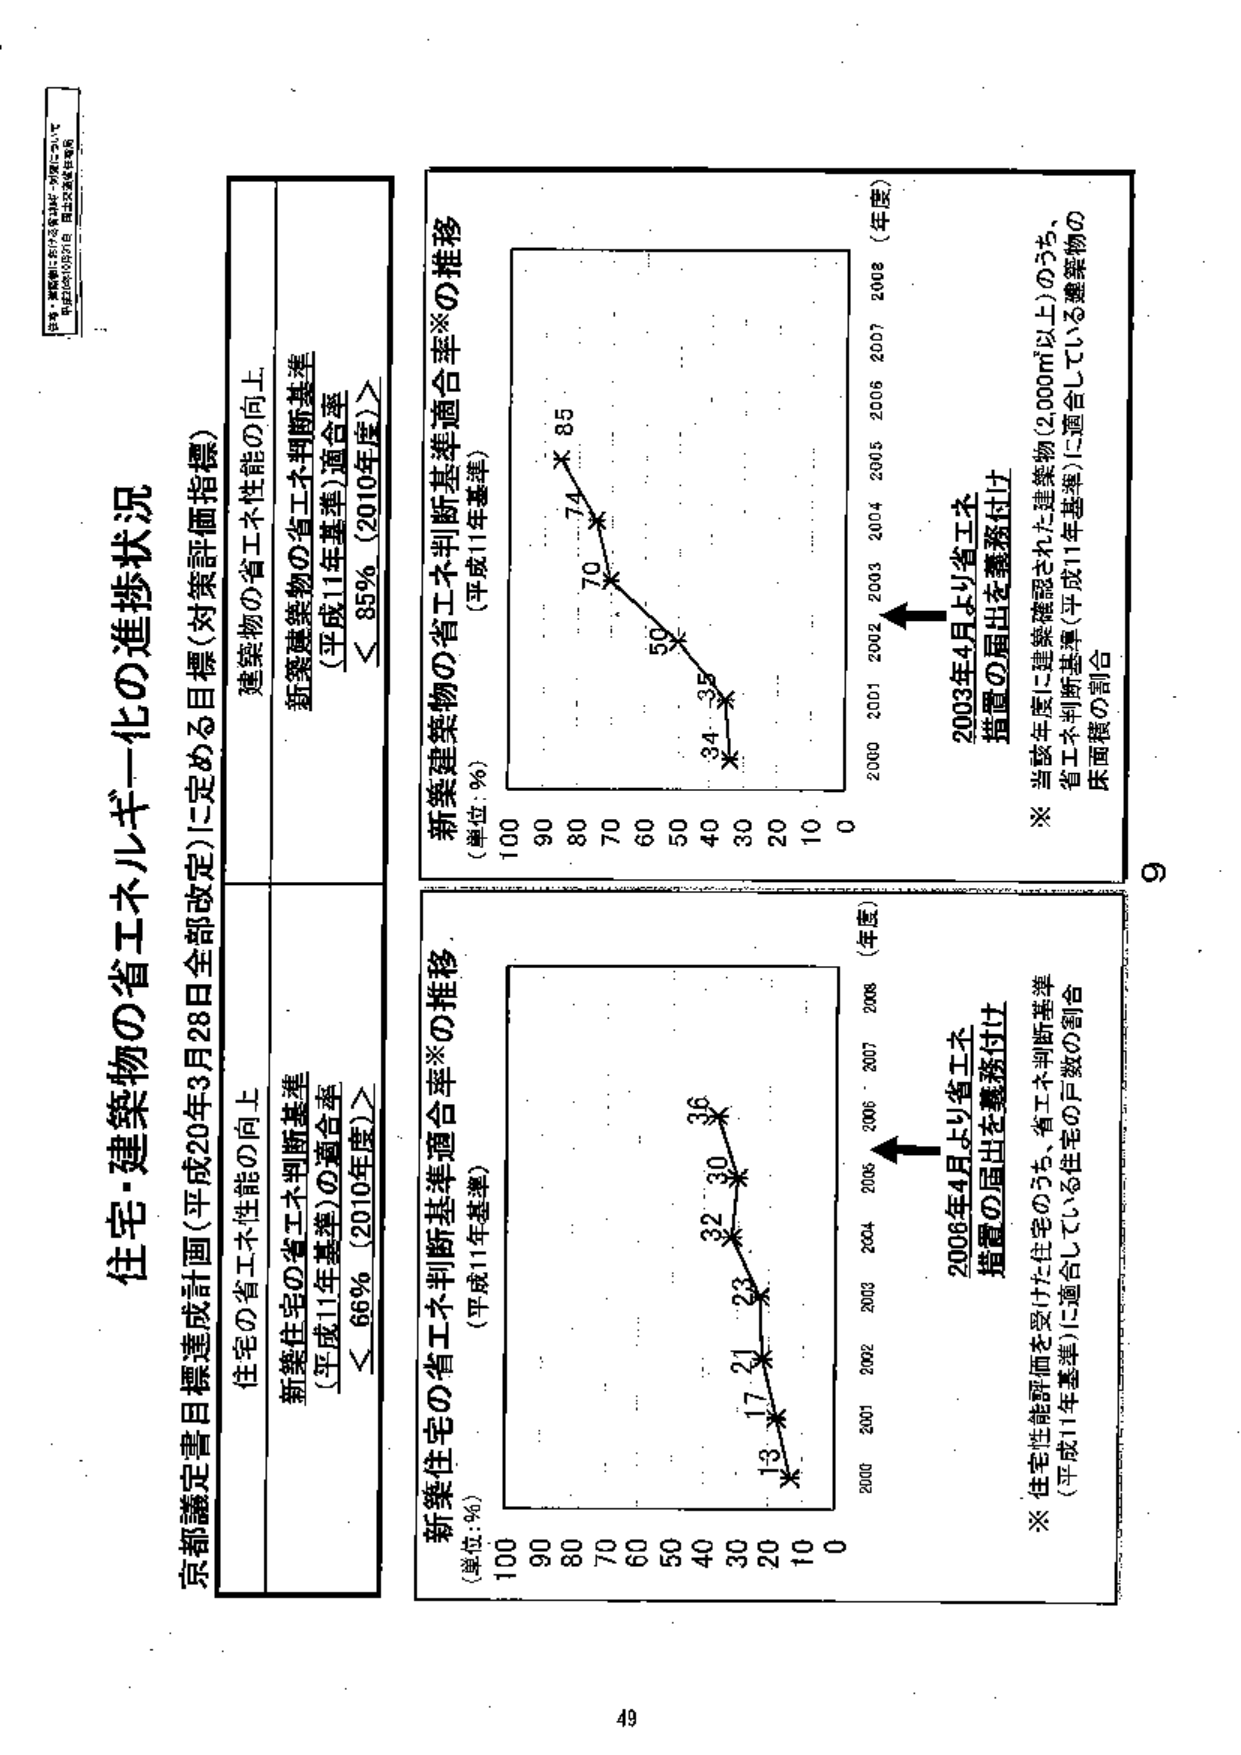
住宅・建築物の省エネルギー化の進捗状況

京都議定書目標達成計画（平成20年3月28日全部改定）に定める目標（対策評価指標）

住宅の省エネ性能の向上
新築住宅の省エネ判断基準
（平成11年基準）の適合率
＜66％（2010年度）＞

建築物の省エネ性能の向上
新築建築物の省エネ判断基準
（平成11年基準）適合率
＜85％（2010年度）＞

新築住宅の省エネ判断基準適合率※の推移
（単位：％）
（平成11年基準）

2000 2001 2002 2003 2004 2005 2006 2007 2008（年度）
13 17 21 23 32 30 36

※「住宅性能評価を受けた住宅のうち、省エネ判断基準
（平成11年基準）に適合している住宅の戸数の割合

2006年4月より省エネ
措置の届出を義務付け

新築建築物の省エネ判断基準適合率※の推移
（単位：％）
（平成11年基準）

2000 2001 2002 2003 2004 2005 2006 2007 2008（年度）
85 74 70 59 34 35

※ 当該年度に建築確認された建築物（2000㎡以上）のうち、
省エネ判断基準（平成11年基準）に適合している建築物の
床面積の割合

2003年4月より省エネ
措置の届出を義務付け

参考：新築住宅の省エネルギー化の推移について
平成19年10月31日 国土交通省住宅局

9
49